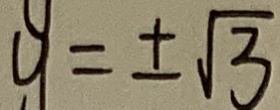
y = \pm \sqrt { 3 }